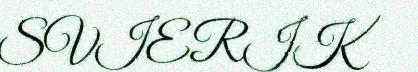
SVIERIK